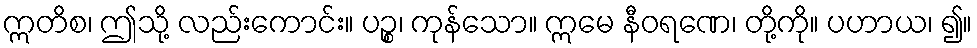
ဣတိစ၊ ဤသို့ လည်းကောင်း။ ပဉ္စ၊ ကုန်သော။ ဣမေ နီဝရဏေ၊ တို့ကို။ ပဟာယ၊ ၍။